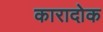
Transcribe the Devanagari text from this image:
कारादोक